Punjab Mental Hospital Lahore 1922-31 - 1922-1931
Year: 1922
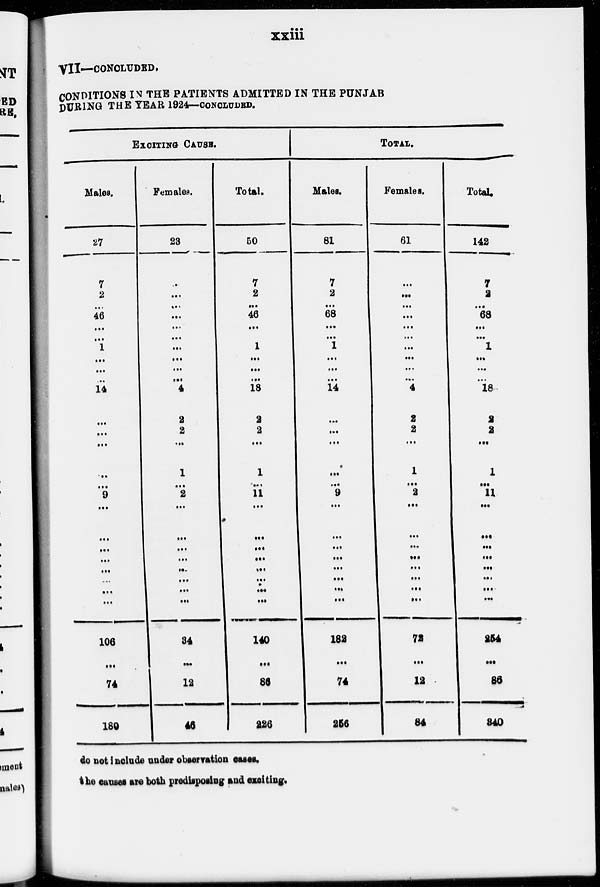
xxiii
VII—CONCLUDED.
CONDITIONS IN THE PATIENTS ADMITTED IN THE PUNJAB
DURING THE YEAR 1924—CONCLUDED.
EXCITING
CAUSE.
Males.
27
7
2
...
46
...
...
1
...
...
...
...14
...
...
...
...
...
9
...
...
...
...
...
...
...
...
106
...
74
180
Females.
23
...
...
...
...
...
...
...
...
...
...
4
2
2
...
1
...
2
...
...
...
...
...
...
...
...
34
...
12
46
Total.
50
7
2
...
46
...
...
1
...
...
...
18
2
2
...
1
...
11
...
...
...
...
...
...
...
...
140
...
86
226
TOTAL.
Males.
81
7
2
...
68
...
...
1
...
...
...
14
...
...
...
...
...
9
...
...
...
...
...
...
...
...
182
...
74
256
Females.
61
...
...
...
...
...
...
...
...
...
...
4
2
2
...
1
...
2
...
...
...
...
...
...
...
...
72
...
12
84
Total.
142
7
2
...
68
...
...
1
...
...
...
18
2
2
...
1
...
11
...
...
...
...
...
...
...
...
254
...
86
340
do not include under observation cases.
the causes are both predisposing and exciting.